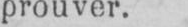
prouver.